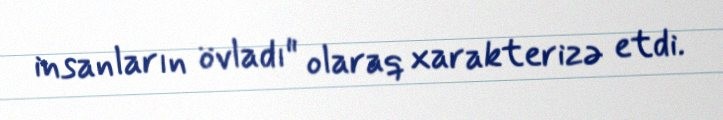
insanların övladı" olaraq xarakterizə etdi.